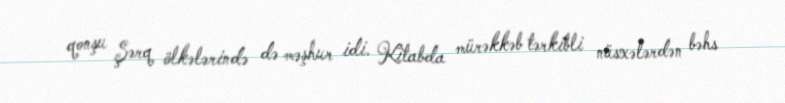
qonşu Şərq ölkələrində də məşhur idi. Kitabda mürəkkəb tərkibli nüsxələrdən bəhs